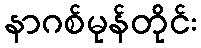
နာဂစ်မုန်တိုင်း